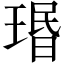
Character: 瑉